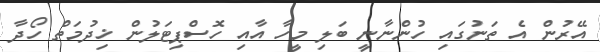
އޭރުން އެ ތަނުގައި ހުންނާނީ ބަލި މީހާ އާއި ހޮސްޕިޓަލުން ޚިދުމަތް ހޯދާ